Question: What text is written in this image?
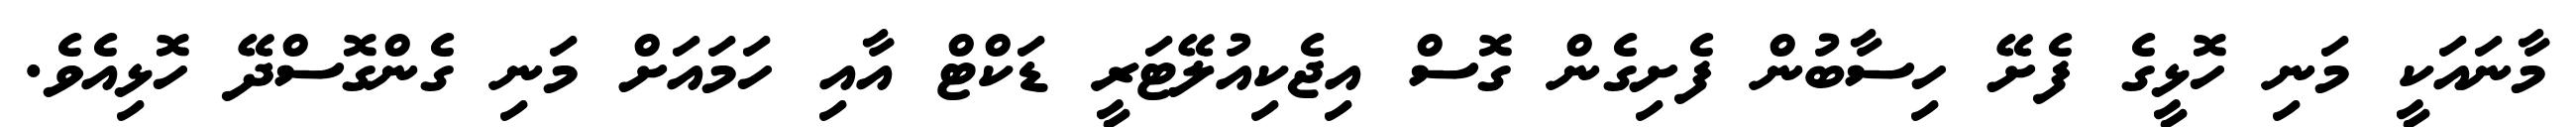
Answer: މާނައަކީ މަނި ހޮޅީގެ ފެށޭ ހިސާބުން ފެށިގެން ގޮސް އިޖެކިއުލޭޓަރީ ޑަކްޓް އާއި ހަމައަށް މަނި ގެންގޮސްދޭ ހޮޅިއެވެ.